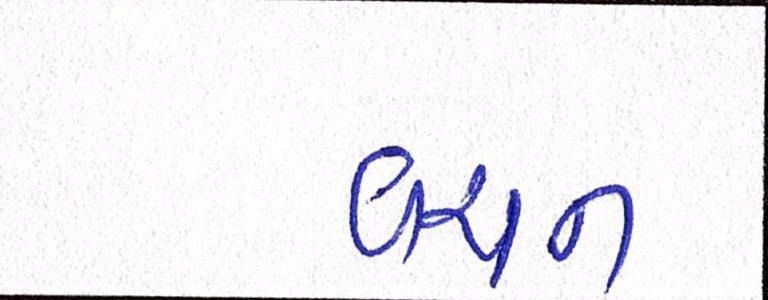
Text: વચન